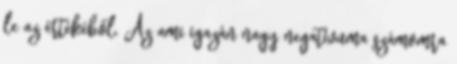
le az értékéből. Az ami igazán nagy negatívuma számomra